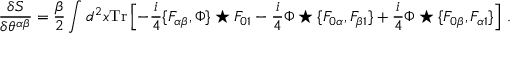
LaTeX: \frac { \delta S } { \delta \theta ^ { \alpha \beta } } = \frac { \beta } { 2 } \int d ^ { 2 } x { \mathrm { T r } } \left[ - \frac i 4 \{ F _ { \alpha \beta } , \Phi \} \star F _ { 0 1 } - \frac i 4 \Phi \star \{ F _ { 0 \alpha } , F _ { \beta 1 } \} + \frac i 4 \Phi \star \{ F _ { 0 \beta } , F _ { \alpha 1 } \} \right] \, .